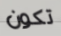
تكون